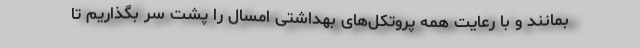
بمانند و با رعایت همه پروتکل‌های بهداشتی امسال را پشت سر بگذاریم تا